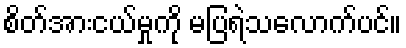
စိတ်အားငယ်မှုကို မပြရဲသလောက်ပင်။